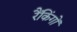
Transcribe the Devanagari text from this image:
रैंकिंगों